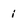
Character: i